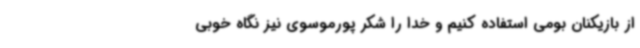
از بازیکنان بومی استفاده کنیم و خدا را شکر پورموسوی نیز نگاه خوبی